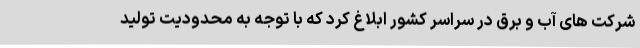
شرکت های آب و برق در سراسر کشور ابلاغ کرد که با توجه به محدودیت تولید